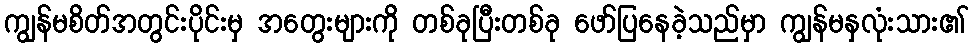
ကျွန်မစိတ်အတွင်းပိုင်းမှ အတွေးများကို တစ်ခုပြီးတစ်ခု ဖော်ပြနေခဲ့သည်မှာ ကျွန်မနှလုံးသား၏